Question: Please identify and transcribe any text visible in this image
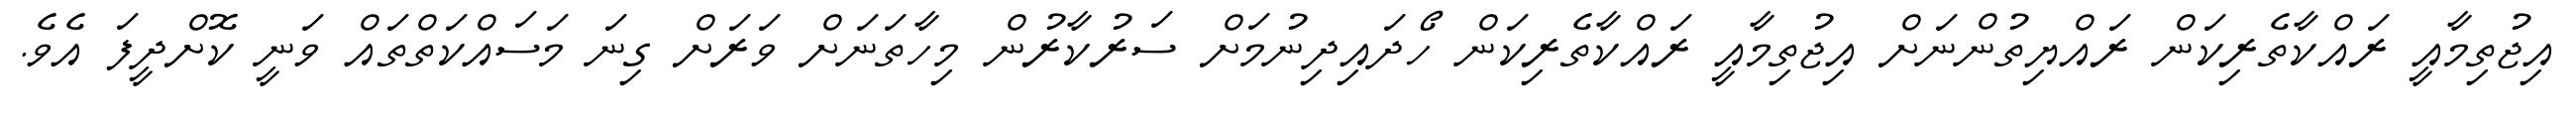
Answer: އިޖުތިމާއީ ރައްކާތެރިކަން ރައްޔިތުންނަށް އިޖުތިމާއީ ރައްކާތެރިކަން ހޯދައިދިނުމަށް ސަރުކާރުން މިހާތަނަށް ވަރަށް ގިނަ މަސައްކަތްތައް ވަނީ ކޮށްދީފަ އެވެ.